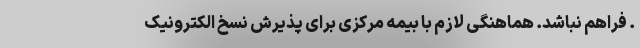
. فراهم نباشد. هماهنگی لازم با بیمه مرکزی برای پذیرش نسخ الکترونیک